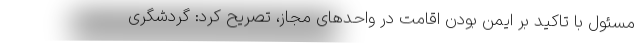
مسئول با تاکید بر ایمن بودن اقامت در واحدهای مجاز، تصریح کرد: گردشگری